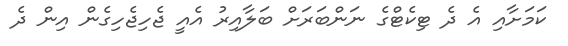
ކަމަށާއި އެ ދެ ޓިކެޓްގެ ނަންބަރަށް ބަލާއިރު އެއީ ޖެހިޖެހިގެން އިން ދެ